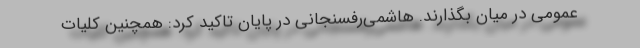
عمومی در میان بگذارند. هاشمی‌رفسنجانی در پایان تاکید کرد: همچنین کلیات